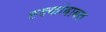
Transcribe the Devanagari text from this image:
ह्क्कांबाबत